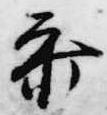
参